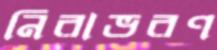
নিরাভরণ